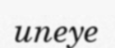
uneye